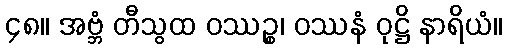
၄၈။ အဗ္ဘံ တီသွထ ဝဿဉ္စ၊ ဝဿနံ ဝုဋ္ဌိ နာရိယံ။